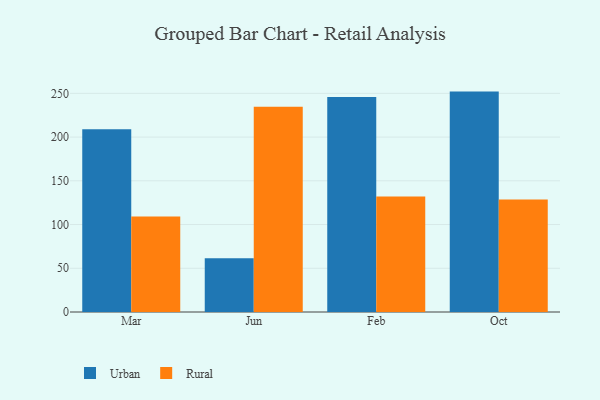
{"axis": {"x": "Month", "y": "Customer Acquisition Cost (USD)"}, "legend": ["Rural", "Urban"], "data": [{"x": "Mar", "y": 209.0, "type": "Urban"}, {"x": "Mar", "y": 109.3, "type": "Rural"}, {"x": "Jun", "y": 61.4, "type": "Urban"}, {"x": "Jun", "y": 234.6, "type": "Rural"}, {"x": "Feb", "y": 245.9, "type": "Urban"}, {"x": "Feb", "y": 132.2, "type": "Rural"}, {"x": "Oct", "y": 252.0, "type": "Urban"}, {"x": "Oct", "y": 128.7, "type": "Rural"}]}